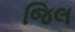
જિલ